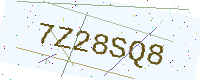
Text: 7Z28SQ8